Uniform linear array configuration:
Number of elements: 64
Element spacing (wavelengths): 0.5
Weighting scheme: cosine
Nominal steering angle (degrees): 15
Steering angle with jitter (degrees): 13.532
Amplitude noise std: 0.05
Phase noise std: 0.05

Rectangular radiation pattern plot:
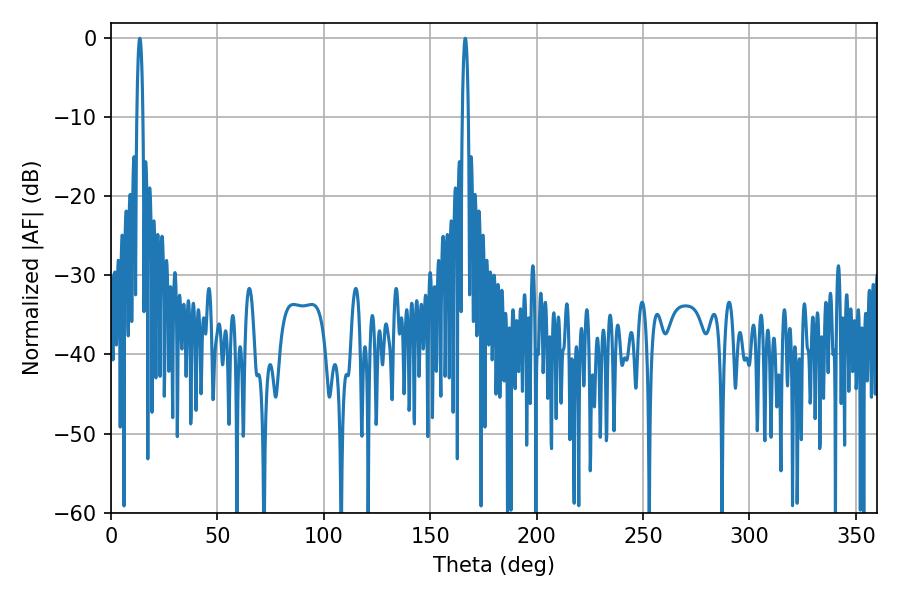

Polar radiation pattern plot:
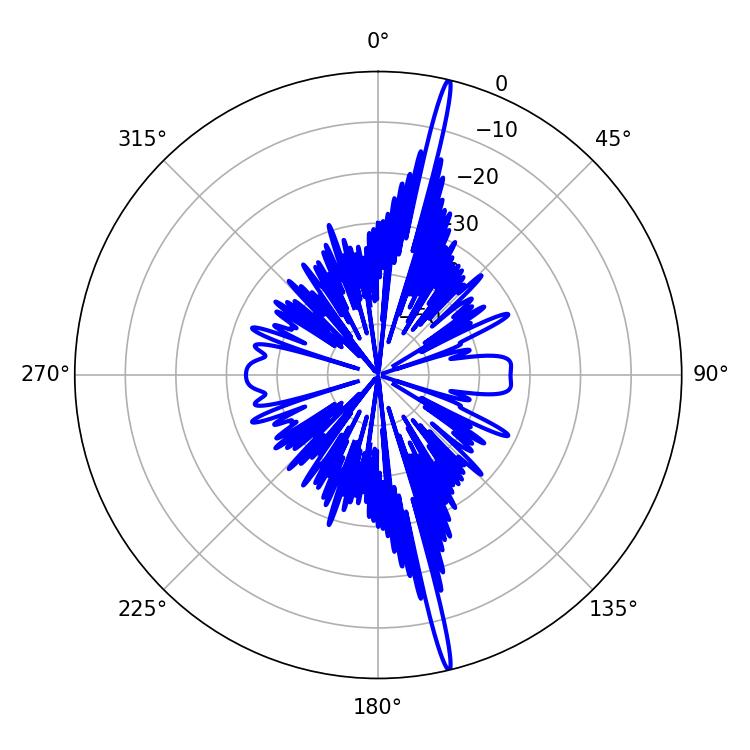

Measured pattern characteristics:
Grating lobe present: FALSE
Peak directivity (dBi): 21.214
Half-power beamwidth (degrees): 1.44
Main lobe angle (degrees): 166.5